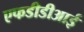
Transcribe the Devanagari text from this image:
एफडीडीआई